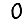
Digit: 0